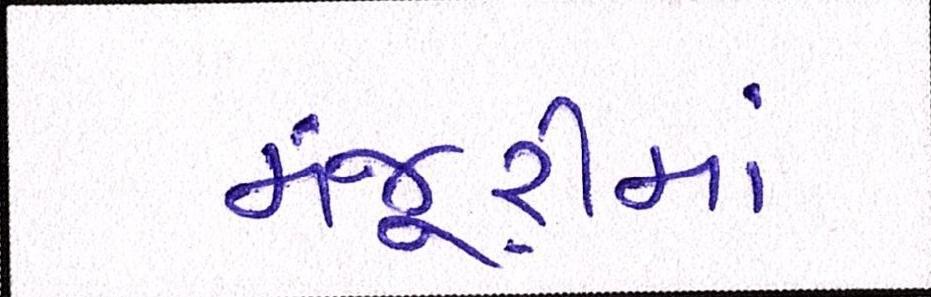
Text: મંજૂરીમાં